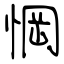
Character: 惘